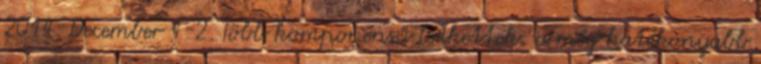
2014. December 1-2. Több komponensű brikettek: a még hatékonyabb